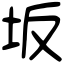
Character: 坂